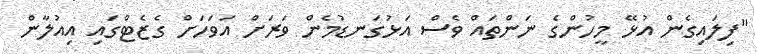
"ފިލައިގެން އުޅޭ މީހުންގެ ނަންތައް ވެސް އަޅުގަނޑުމެން ވަރަށް އަވަހަށް ގެޒެޓްގައި އިއުލާން